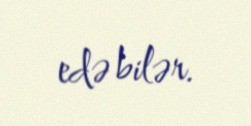
edə bilər.